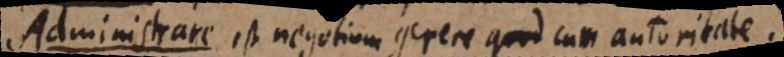
r e est negotium gerere cum autoritate.